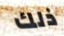
ذلك